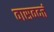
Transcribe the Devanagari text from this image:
वासवदत्तं